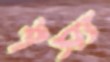
শস্য